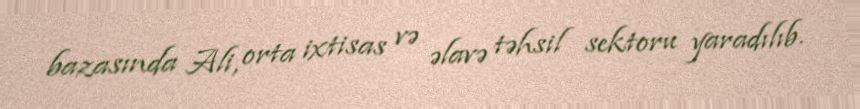
bazasında Ali, orta ixtisas və əlavə təhsil sektoru yaradılıb.